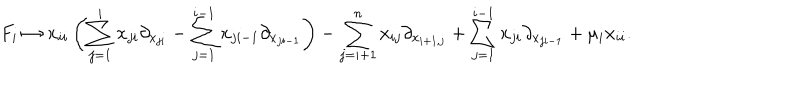
F _ { i } \mapsto x _ { i i } \left( \sum _ { j = 1 } ^ { i } x _ { j i } \partial _ { x _ { j i } } - \sum _ { j = 1 } ^ { i - 1 } x _ { j i - 1 } \partial _ { x _ { j i - 1 } } \right) - \sum _ { j = i + 1 } ^ { n } x _ { i j } \partial _ { x _ { i + 1 , j } } + \sum _ { j = 1 } ^ { i - 1 } x _ { j i } \partial _ { x _ { j i - 1 } } + \mu _ { i } x _ { i i } .